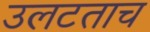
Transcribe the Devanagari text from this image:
उलटताच